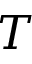
T